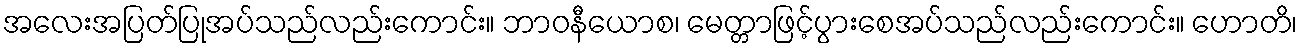
အလေးအပြတ်ပြုအပ်သည်လည်းကောင်း။ ဘာဝနီယောစ၊ မေတ္တာဖြင့်ပွားစေအပ်သည်လည်းကောင်း။ ဟောတိ၊